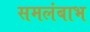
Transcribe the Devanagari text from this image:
समलंबाभ